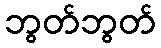
ဘွတ်ဘွတ်